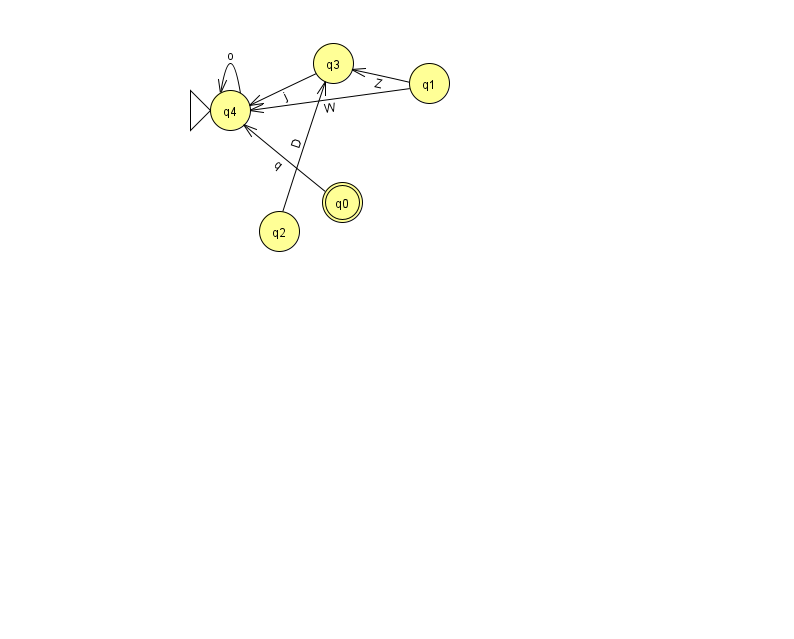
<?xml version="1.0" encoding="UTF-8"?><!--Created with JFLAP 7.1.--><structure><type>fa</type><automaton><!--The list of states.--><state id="0" name="q0"><x>342.0</x><y>189.0</y><final/></state><state id="1" name="q1"><x>429.0</x><y>70.0</y></state><state id="2" name="q2"><x>279.0</x><y>218.0</y></state><state id="3" name="q3"><x>333.0</x><y>50.0</y></state><state id="4" name="q4"><x>230.0</x><y>97.0</y><initial/></state><!--The list of transitions.--><transition><from>1</from><to>3</to><read>Z</read></transition><transition><from>2</from><to>3</to><read>D</read></transition><transition><from>0</from><to>4</to><read>q</read></transition><transition><from>1</from><to>4</to><read>W</read></transition><transition><from>3</from><to>4</to><read>j</read></transition><transition><from>4</from><to>4</to><read>o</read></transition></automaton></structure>